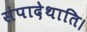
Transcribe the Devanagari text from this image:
संपादेथाति।